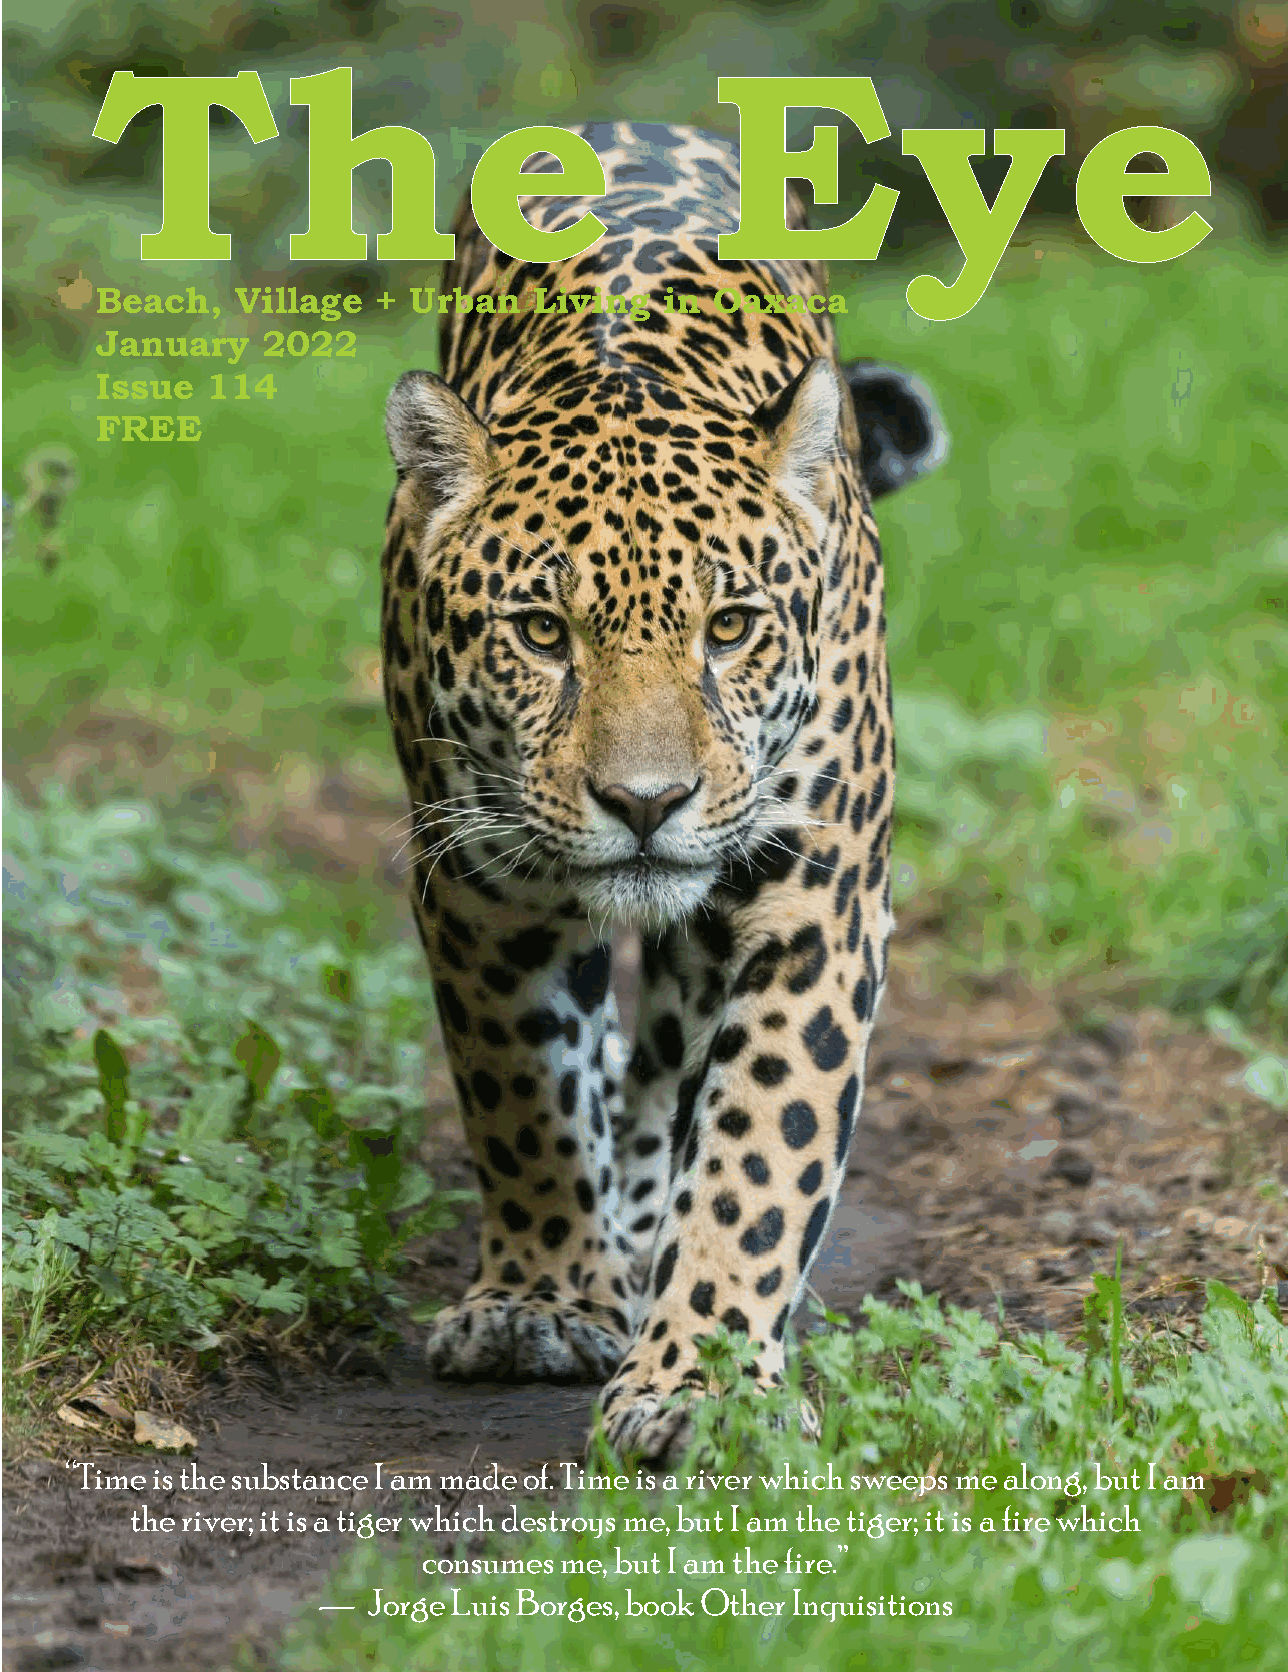
The                                      Eye
 Beach,    Village  + Urban   Living   in Oaxaca
 January    2022
 Issue   114
 FREE
 “Time is the substance I am made of. Time is a river which sweeps me along, but I am
 the river; it is a tiger which destroys me, but I am the tiger; it is a fire which
 consumes me, but I am the fire.”
 —  Jorge Luis Borges, book Other Inquisitions